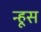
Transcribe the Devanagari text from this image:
न्हूस